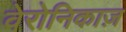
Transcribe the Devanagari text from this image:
वेरोनिकाज़